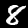
Digit: 8